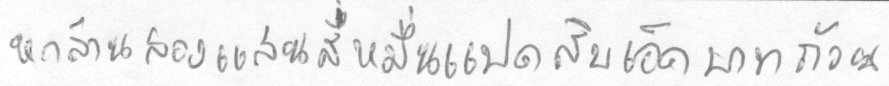
หกล้านสองแสนสี่หมื่นแปดสิบเอ็ดบาทถ้วน